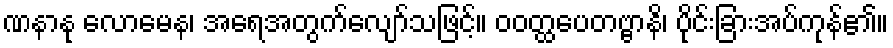
ဏနာနု လောမေန၊ အရေအတွက်လျော်သဖြင့်။ ဝဝတ္ထပေတဗ္ဗာနိ၊ ပိုင်းခြားအပ်ကုန်၏။